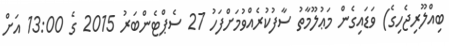
ބިއްލޫރިޖެހިގެ) ވަޑައިގެން މަޢުލޫމާތު ސާފުކުރެއްވުމަށްފަހު 27 ސެޕްޓެންބަރު 2015 ގެ 13:00 އަށް